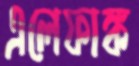
এলেফাঙ্ক